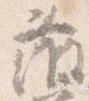
藤